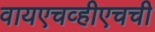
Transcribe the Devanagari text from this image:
वायएचव्हीएचची